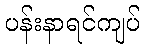
ပန်းနာရင်ကျပ်